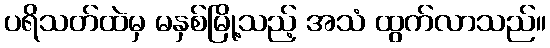
ပရိသတ်ထဲမှ မနှစ်မြို့သည့် အသံ ထွက်လာသည်။